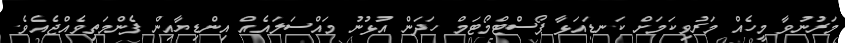
މަރުނުވާ މީހެއް މަރުވިކަމަށް ކަނޑައަޅާ ޕޯސްޓްމޯޓަމް ހަދަން އުޅުނު މައްސަލައެއް އިންޑިޔާއިން ފެންމަތިވެއްޖެއެވެ.